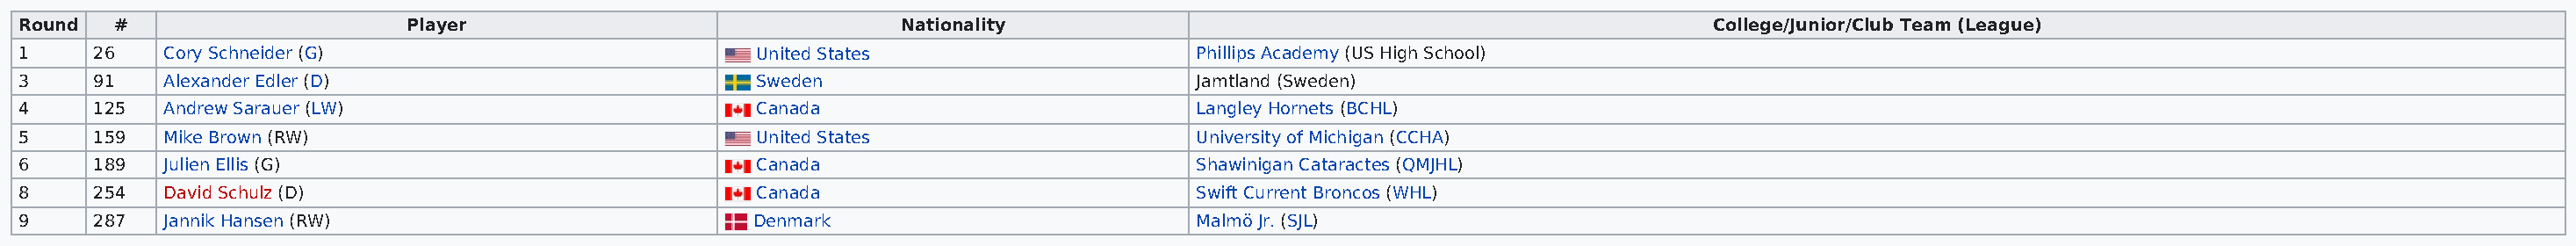
Round   #                     Player                               Nationality                                                  College/Junior/Club Team (League)
 1     26   Cory Schneider (G)                           United States                    Phillips Academy (US High School)
 3     91   Alexander Edler (D)                          Sweden                           Jamtland (Sweden)
 4     125  Andrew Sarauer (LW)                          Canada                           Langley Hornets (BCHL)
 5     159  Mike Brown (RW)                              United States                    University of Michigan (CCHA)
 6     189  Julien Ellis (G)                             Canada                           Shawinigan Cataractes (QMJHL)
 8     254  David Schulz (D)                             Canada                           Swift Current Broncos (WHL)
 9     287  Jannik Hansen (RW)                           Denmark                          Malmö Jr. (SJL)